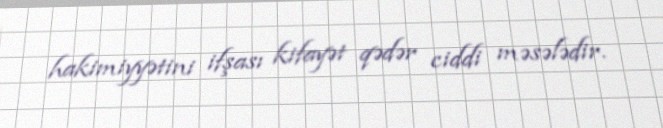
hakimiyyətini ifşası kifayət qədər ciddi məsələdir.